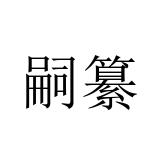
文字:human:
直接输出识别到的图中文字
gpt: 嗣纂